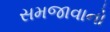
સમજાવાનો